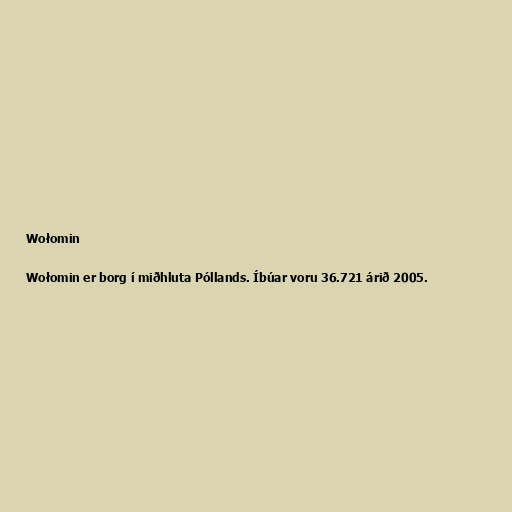
Wołomin

Wołomin er borg í miðhluta Póllands. Íbúar voru 36.721 árið 2005.